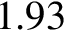
1 . 9 3